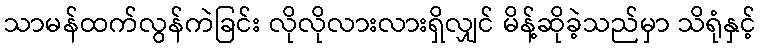
သာမန်ထက်လွန်ကဲခြင်း လိုလိုလားလားရှိလျှင် မိန့်ဆိုခဲ့သည်မှာ သိရုံနှင့်